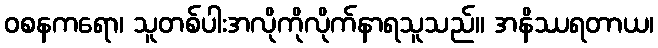
ဝစနကရော၊ သူတစ်ပါးအလိုကိုလိုက်နာရသူသည်။ အနိဿရတာယ၊